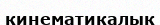
кинематикалык